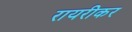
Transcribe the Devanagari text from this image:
रायरीकर